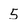
Character: 5